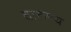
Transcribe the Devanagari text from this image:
तारूण्य